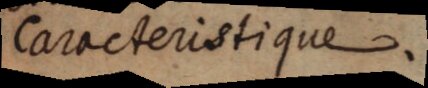
Caracteristique.